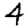
Digit: 4